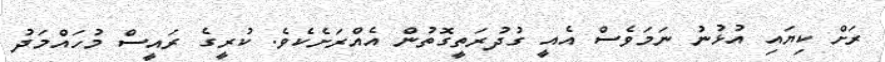
ރަށް ކިޔައި އުޅުނު ނަމަވެސް އެއީ ގުދުރަތީގޮތުން އެއްރަށެކެވެ. ކުރީގެ ރައީސް މުހައްމަދު